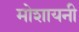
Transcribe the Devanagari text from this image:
मोशायनी